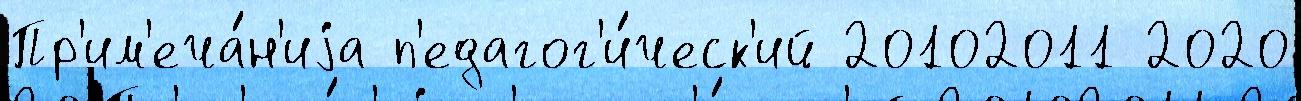
Пр'им'еча́н'иjа п'едагог'и́ческ'ий 20102011 2020